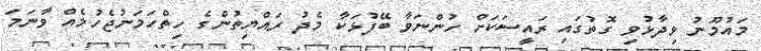
މައުމޫނު ވިދާޅުވި ގޮތުގައި ރައީސަކަށް ހުންނަވާ ބޭފުޅަކާ މެދު ރައްޔިތުންގެ ހިތްހަމަނުޖެހުމެއް ވާނަމަ